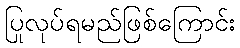
ပြုလုပ်ရမည်ဖြစ်ကြောင်း